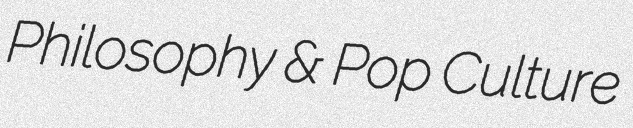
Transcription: Philosophy & Pop Culture